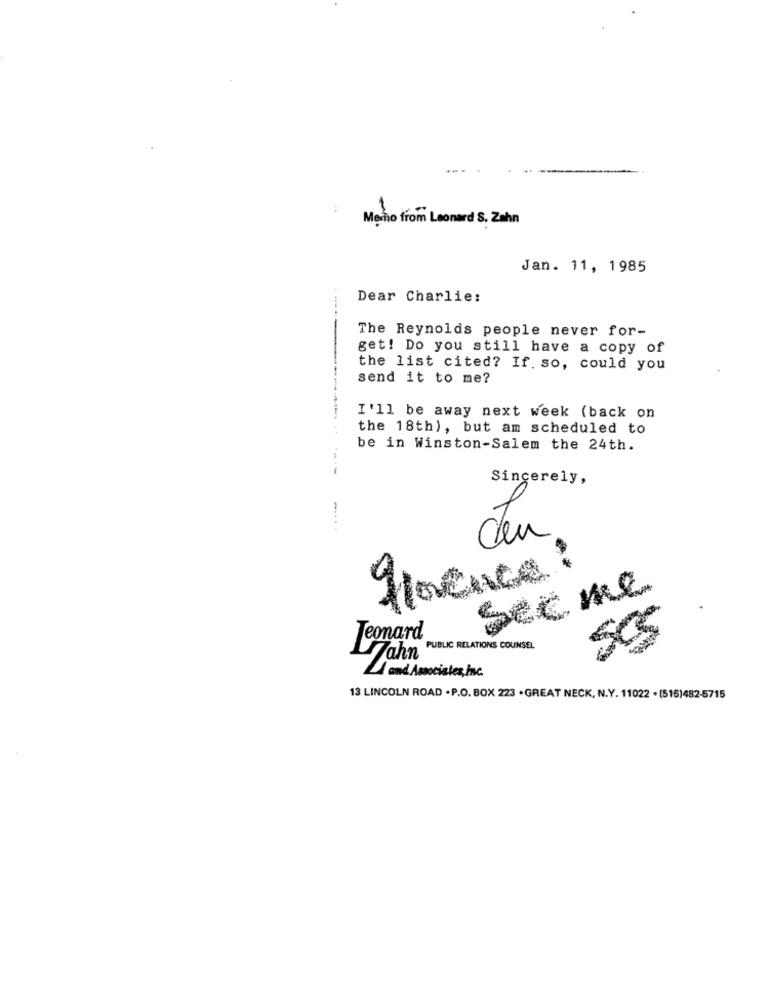
Memo from Leonard S. Zahn
Jan. 11, 1985
Dear Charlie:
The Reynolds people never for-
get! Do you still have a copy of
the list cited? If. so, could you
send it to me?
I'll be away next week (back on
the 18th), but am scheduled to
be in Winston-Salem the 24th.
Sincerely,
......
den
france :
Secme
5
Teonard
Jahn PUBLIC RELATIONS COUNSEL
and Associates, Inc.
13 LINCOLN ROAD . P.O. BOX 223 . GREAT NECK, N.Y. 11022 . (515)482-5715